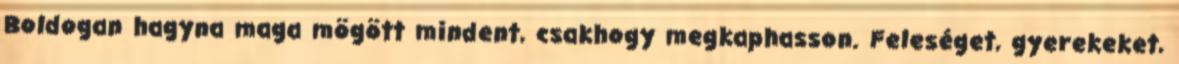
Boldogan hagyna maga mögött mindent, csakhogy megkaphasson. Feleséget, gyerekeket,